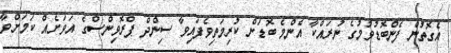
އެގޮތުން ފެންބޮޑުވުމުގެ ނުރައްކާ އެންމެ ބޮޑަށް ކުރިމަތިވެފައިވާ ސިންދް ޕްރޮވިންސްގެ އަވަށެއް ކަމަށްވާ